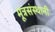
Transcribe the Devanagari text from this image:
मूत्रसंस्थानी